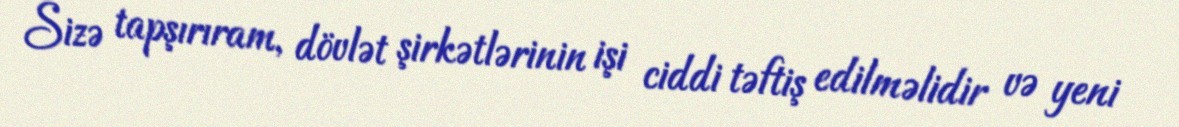
Sizə tapşırıram, dövlət şirkətlərinin işi ciddi təftiş edilməlidir və yeni